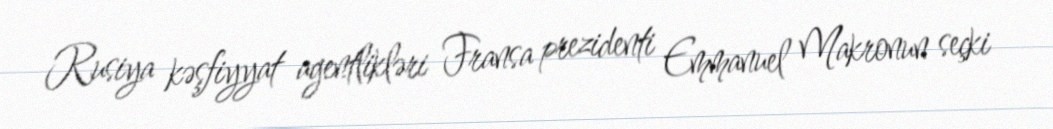
Rusiya kəşfiyyat agentlikləri Fransa prezidenti Emmanuel Makronun seçki